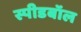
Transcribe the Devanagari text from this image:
स्पीडबॉल